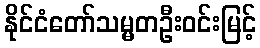
နိုင်ငံတော်သမ္မတဦးဝင်းမြင့်